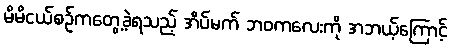
မိမိငယ်စဉ်ကတွေ့ခဲ့ရသည့် အိပ်မက် ဘဝကလေးကို အဘယ့်ကြောင့်